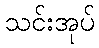
သင်းအုပ်